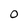
Character: 0